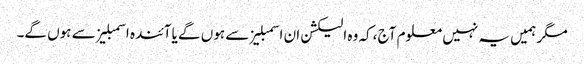
مگر ہمیں یہ نہیں معلوم آج ،کہ وہ الیکشن ان اسمبلیز سے ہوں گے یا آئندہ اسمبلیز سے ہوں گے۔